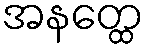
အနတ္ထေ